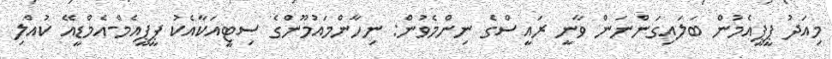
މިއަދު ޕީޕީއެމުން ބަލައިގަންނަން ވާނީ ރައީސްގެ ނިންމެވުން: ނިހާންމައުމޫންގެ ސިޓީއަކާއެކު ޕީޕީއެމް-އެމްޑީއޭ ކުއްލި